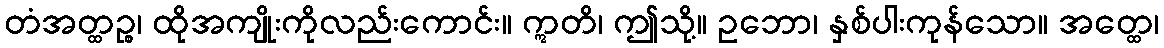
တံအတ္ထဉ္စ၊ ထိုအကျိုးကိုလည်းကောင်း။ ဣတိ၊ ဤသို့။ ဥဘော၊ နှစ်ပါးကုန်သော။ အတ္ထေ၊